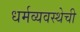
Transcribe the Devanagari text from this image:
धर्मव्यवस्थेची